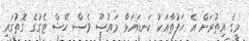
މީގެ އިތުރަށް އެ ހަފުތާއަކު ކަނޑައަޅާ މައުޟޫ ވެސް ހޭޝް ޓެގުގެ ގޮތުގައި